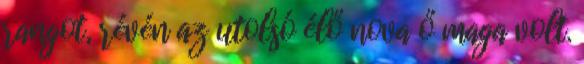
rangot, révén az utolsó élő nova ő maga volt.